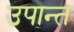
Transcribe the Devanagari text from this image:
उपान्त